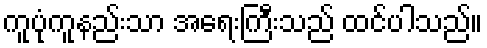
ကူပုံကူနည်းသာ အရေးကြီးသည် ထင်ပါသည်။